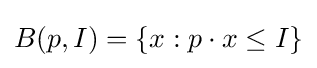
B(p,I)=\{x:p\cdot x\leq I\}